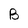
Character: B